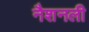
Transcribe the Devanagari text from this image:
नैशनली